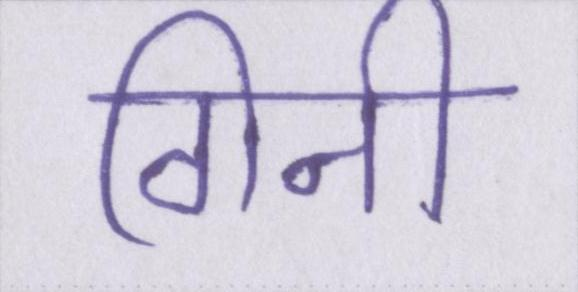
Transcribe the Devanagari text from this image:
गिनी